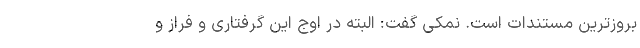
بروزترین مستندات است. نمکی گفت: البته در اوج این گرفتاری و فراز و